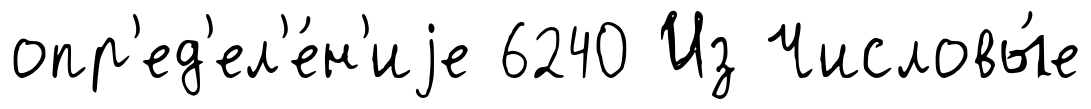
опр'ед'ел'е́н'иjе 6240 Из Числовы́е